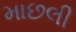
માછલી